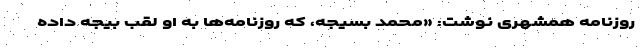
روزنامه همشهری نوشت: «محمد بسیجه، که روزنامه‌ها به او لقب بیجه داده